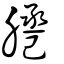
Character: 𦜕